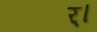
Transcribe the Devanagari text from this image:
र्।